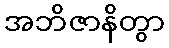
အဘိဇာနိတွာ